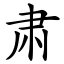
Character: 肃